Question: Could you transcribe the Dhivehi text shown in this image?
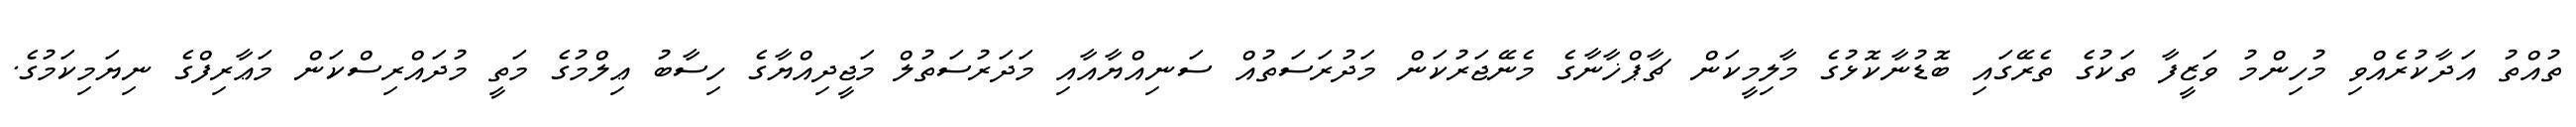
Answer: ތުއްތު އަދާކުރެއްވި މުހިންމު ވަޒީފާ ތަކުގެ ތެރޭގައި ބޮޑުނާކޮޅުގެ މާލިމީކަން ޗާޕްޚާނާގެ މެނޭޖަރުކަން މަދުރަސަތުއް ސަނިއްޔާއާއި މަދަރުސަތުލް މަޖީދިއްޔާގެ ހިސާބު ޢިލްމުގެ މަތީ މުދައްރިސްކަން މަޢާރިފްގެ ނިޔަމިކަމުގެ.